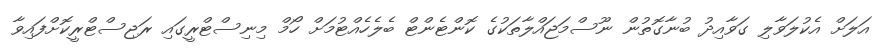
އަލަށް އެކުލަވާލި ގަވާއިދު ބުނާގޮތުން ނޫސްމަޖައްލާތަކުގެ ކޮންޓެންޓް ބެލެހެއްޓުމަށް ހޯމް މިނިސްޓްރީގައި ރަޖިސްޓްރީކޮށްފައިވާ